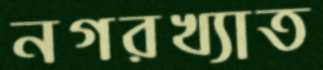
নগরখ্যাত